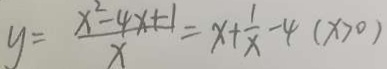
y = \frac { x ^ { 2 } - 4 x + 1 } { x } = x + \frac { 1 } { x } - 4 ( x > 0 )